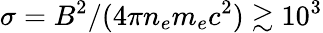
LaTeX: \sigma=B^{2}/(4\pi n_{e}m_{e}c^{2})\gtrsim 10^{3}